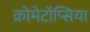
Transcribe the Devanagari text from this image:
क्रोमेटॉप्सिया